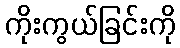
ကိုးကွယ်ခြင်းကို